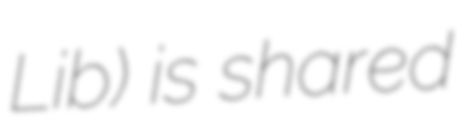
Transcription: Lib) is shared